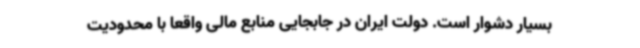
بسیار دشوار است. دولت ایران در جابجایی منابع مالی واقعا با محدودیت